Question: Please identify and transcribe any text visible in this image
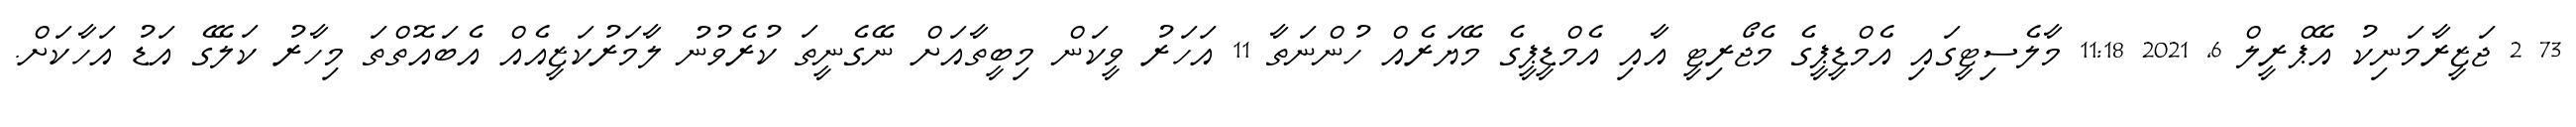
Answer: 73 2 ޖަޒީރާމަނިކު އޭޕްރީލް 6, 2021 11:18 މާލެސިޓީގައި އެމްޑީޕީގެ މެޖޯރިޓީ އާއި އެމްޑީޕީގެ މޭޔަރެއް ހުންނަތާ 11 އަހަރު ވީކަން މިބީތާއަށް ނޭގެނީތަ ކުރެވުނު ލާމަރުކަޒީއެއް އެބައޮތްތަ މިހާރު ކަލޭގެ އަޑު އަހާކަށް.